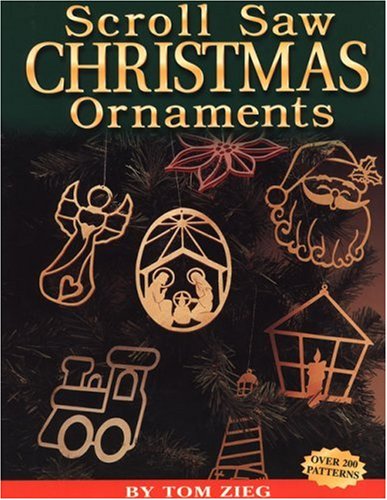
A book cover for Scroll Saw Christmas Ornaments: Over 200 Patterns; Tom Zieg; Crafts, Hobbies & Home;